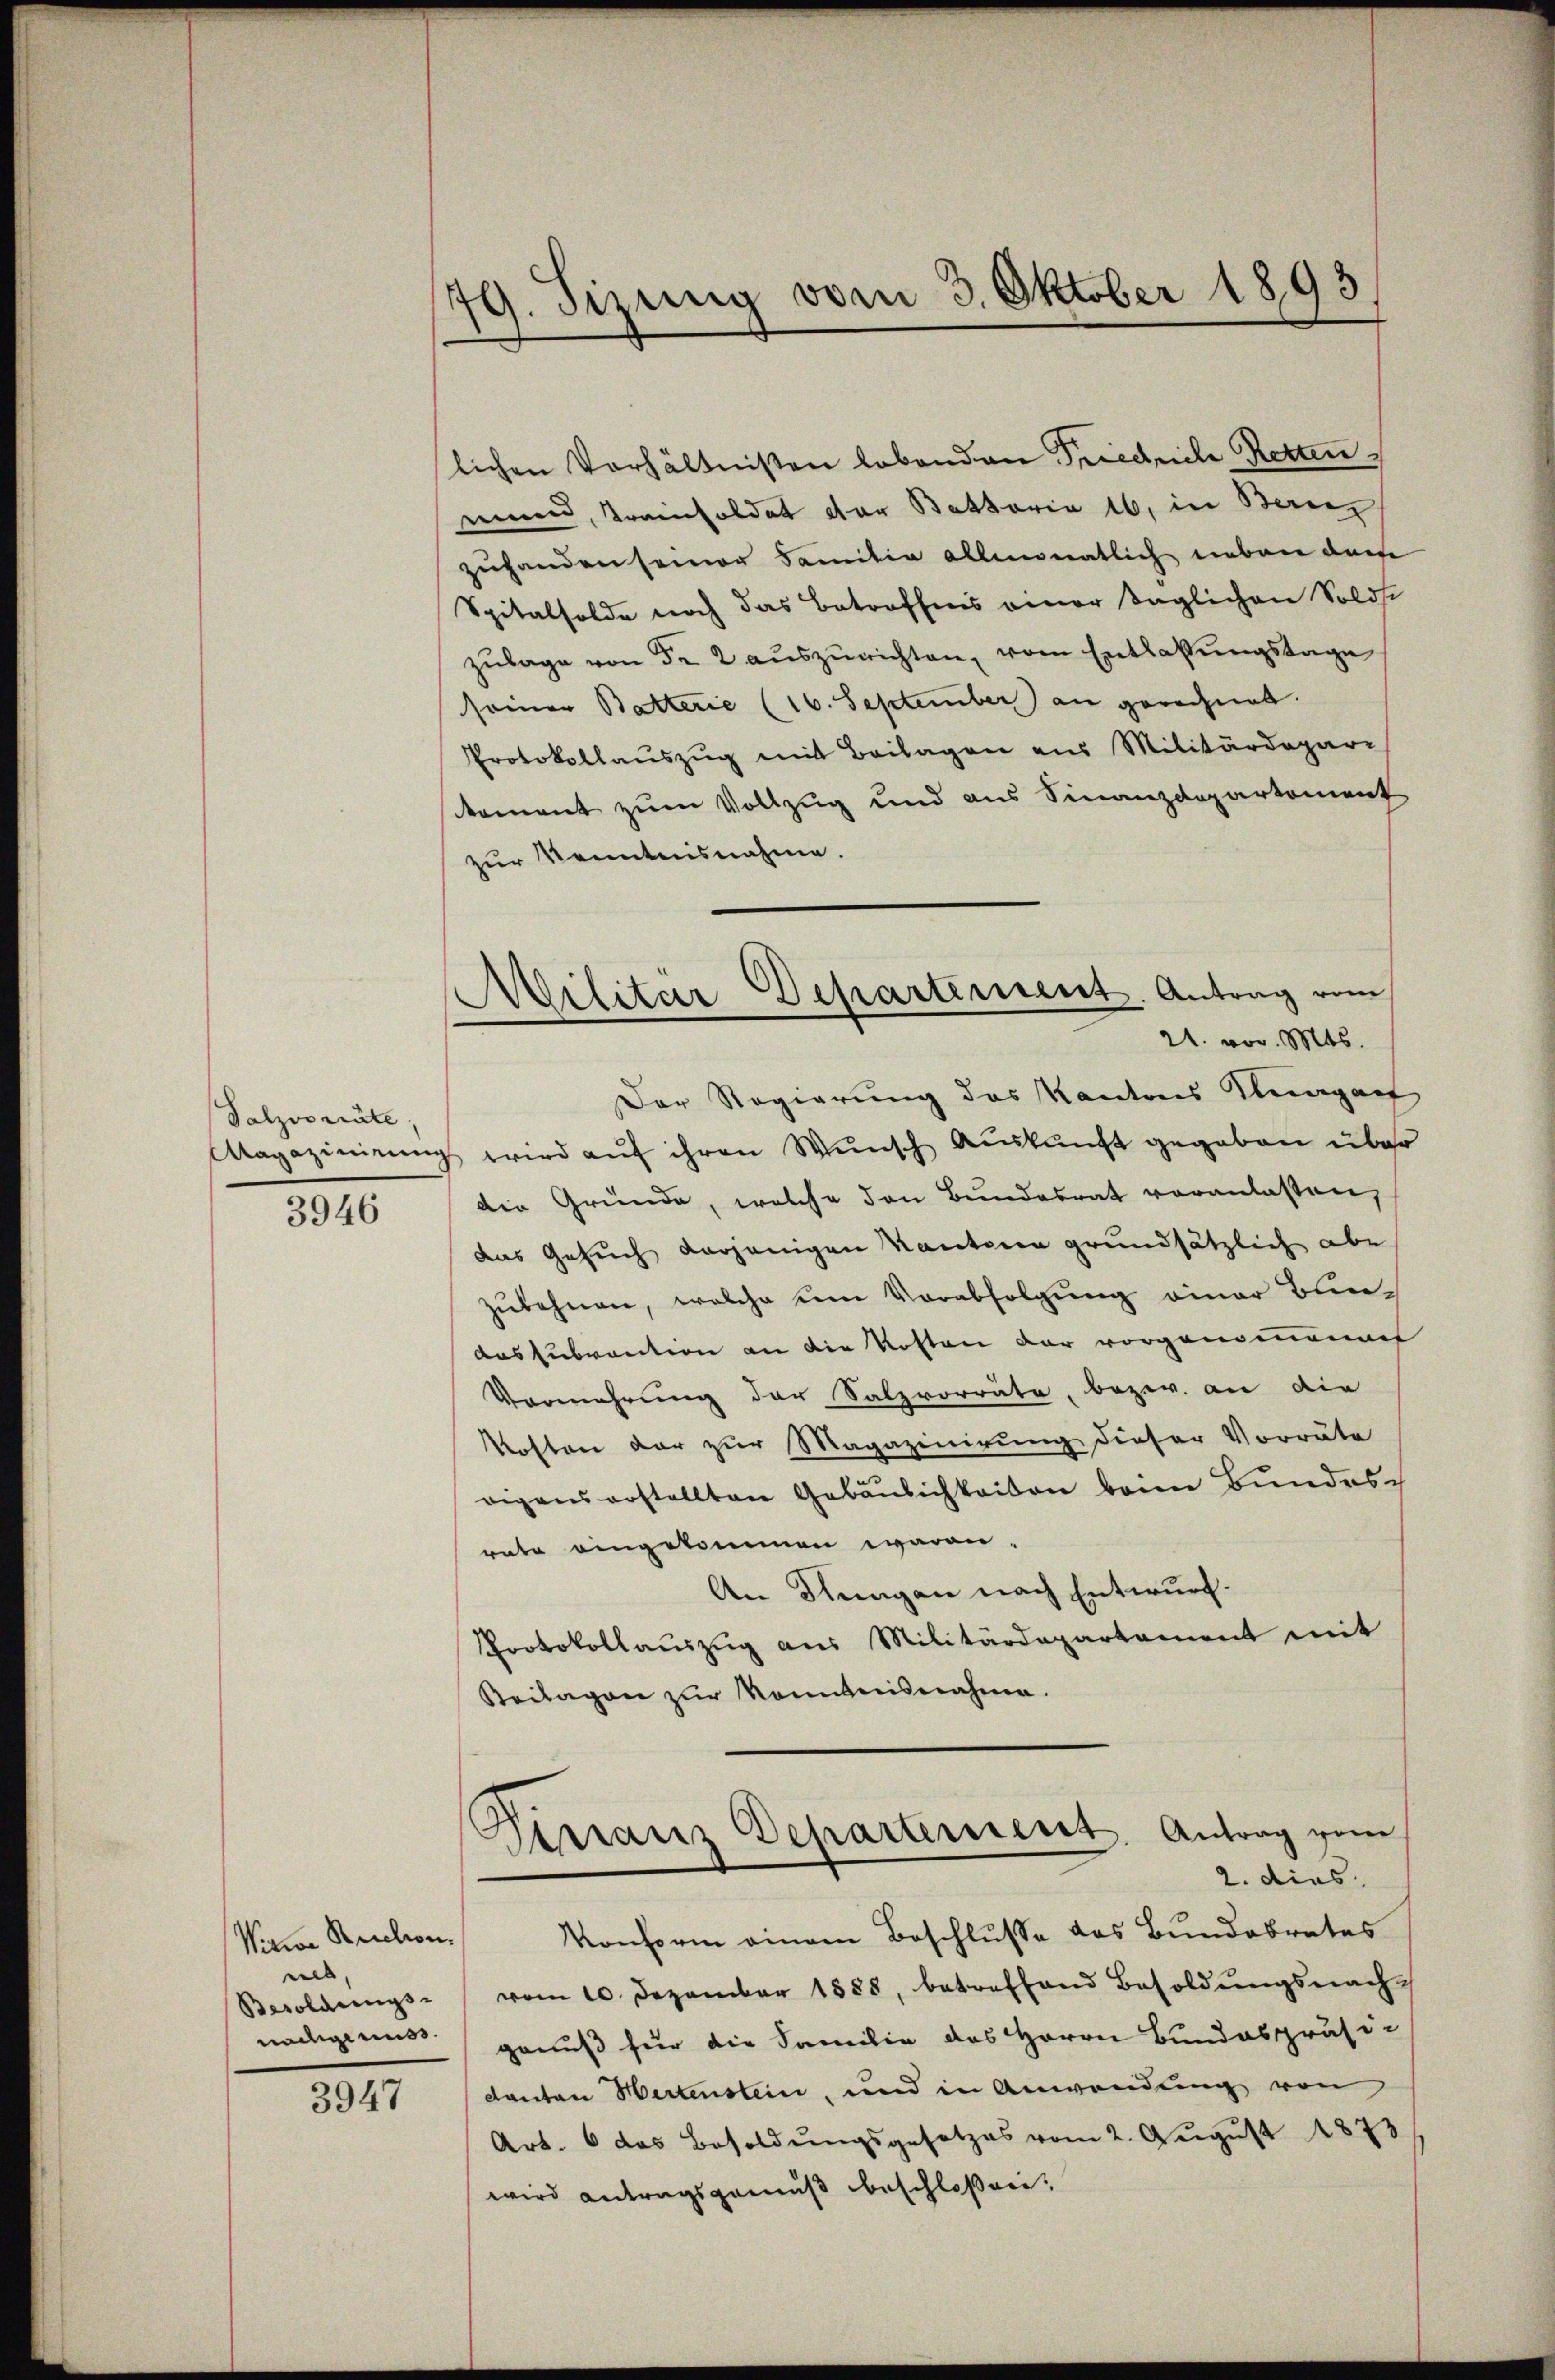
Salzvorräte
3946

Viwe Ruchon.
us
nachgenuss.

3947

179. Sizung vom 3. Oktober 1893

lichen Verhältnißen lebenden Friedriche Retten
neuen, Preisoldet der Battaria 16, in Berez
zuhanden seiner Familia allmonatlich neben darfe
Spitalsolde noch das Betroffens einer Taglichen Soldse
zŭlage von de 2 aŭszŭrichten, vom Entlassŭngstage
seiner Batterie (16. September) an gerechnet.
Protokollaŭszŭg mit Beilagen aus Militärdepari
stement zum Vollzug und aus Finanzdepartement
zur Kenntnisnahme.
21. vor. Mts.
Der Regierung des Kantons Klumpach
Magazinirung wird auf ihren Wunsch Auskunft gegeben über
die Gründe, welche den Bundesrat voranlassen,
das Gesuch derjenigen Kantonen grundsätzlich abe
zŭlehnen, welche ein Verabfolgung einer Bundas subvention an die Kosten der vorgenomenach
Vermehrung der Salzvorräte, bezw. an die
Kosten der zur Magazinirung dieser Vorräte
rigens erstellten Gebäŭlichkeiten beim Bundes-
rate eingekommen waren.
An Stungen nach Entwurf.
Protokollauszug aus Militärdepartement mit
Beilagen zŭr Kenntnisnahme.
Dirranz Departement. Antrag zum
2. dies
Konform einem Beschlusse das Bundebrates
Besoldungs vom 10. Dezember 1888, betreffend Besoldŭngsnach-
genuß für die Familie des Herrn Bundespräsi-
Kanton Hertenstein, und in Anwendung von
Art. 6 das Besoldŭngsgesetzes vom 2. Aŭgŭst 1873
wird antragsgemäß beschloßnei¬

Militär Departement. Antrag vom